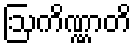
ဩကိဏ္ဏာတိ